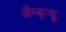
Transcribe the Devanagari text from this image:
अॅन्ड्‌र्‍यू